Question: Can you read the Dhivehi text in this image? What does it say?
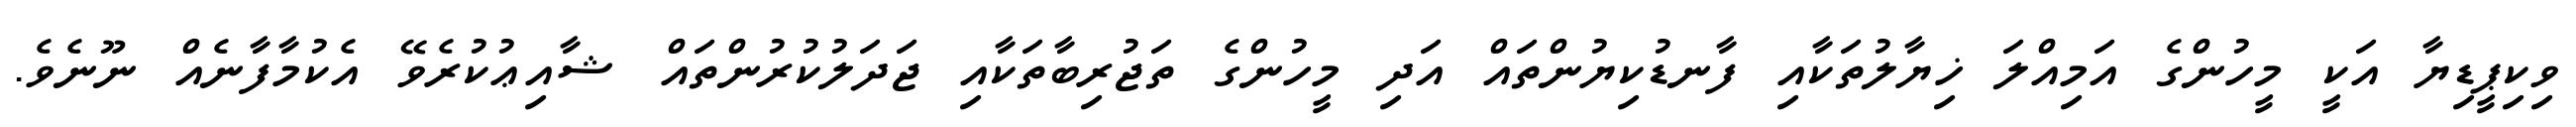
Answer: ވިކިޕީޑިޔާ އަކީ މީހުންގެ އަމިއްލަ ޚިޔާލުތަކާއި ފާނޑުކިޔުންތައް އަދި މީހުންގެ ތަޖުރިބާތަކާއި ޖަދަލުކުރުންތައް ޝާއިޢުކުރެވޭ އެކުމާފާނެއް ނޫނެވެ.